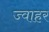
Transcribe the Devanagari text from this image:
ज्वाहर